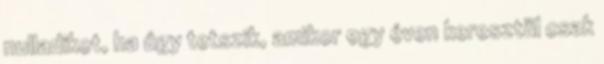
nulladikot, ha úgy tetszik, amikor egy éven keresztül csak